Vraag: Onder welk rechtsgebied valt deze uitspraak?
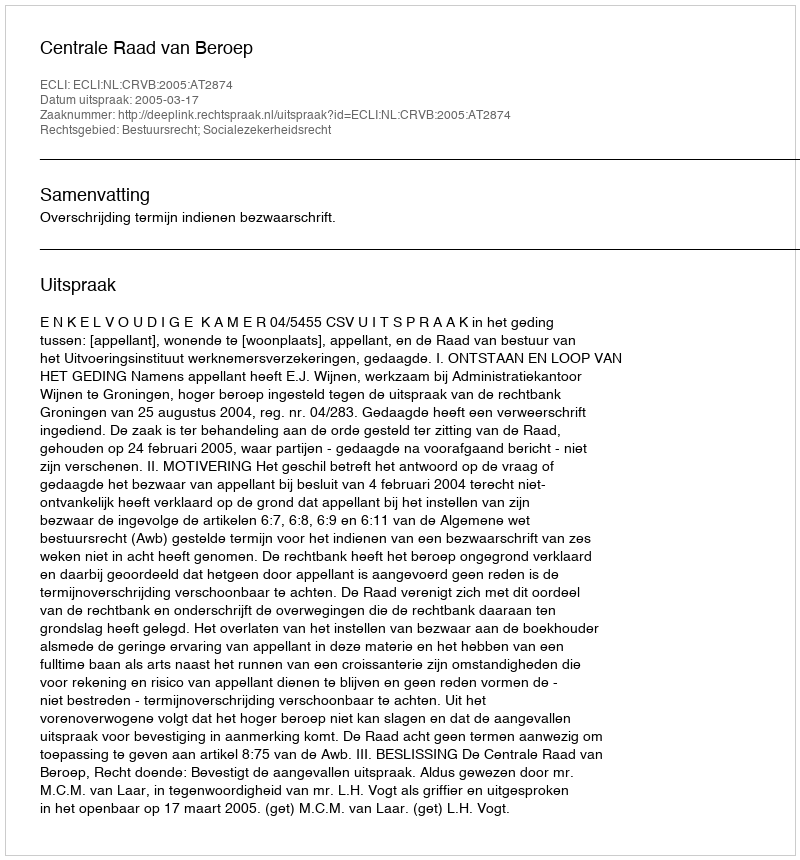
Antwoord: Bestuursrecht; Socialezekerheidsrecht